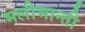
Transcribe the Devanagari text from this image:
भलीभान्ती